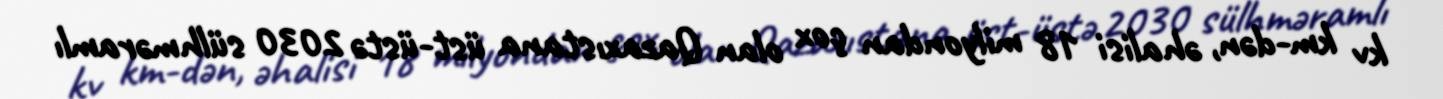
kv km-dən, əhalisi 18 milyondan çox olan Qazaxıstana üst-üstə 2030 sülhməramlı